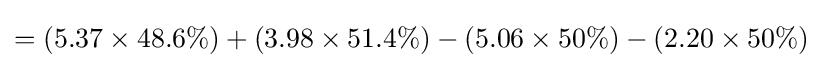
=\left(5.37\times 48.6\%\right)+\left(3.98\times 51.4\%\right)-\left(5.06\times 50\%\right)-\left(2.20\times 50\%\right)